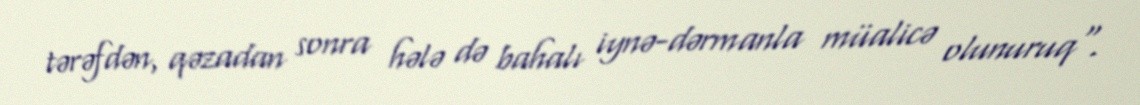
tərəfdən, qəzadan sonra hələ də bahalı iynə-dərmanla müalicə olunuruq".